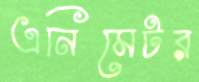
এনিমেটর